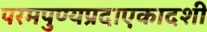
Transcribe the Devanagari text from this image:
परमपुण्यप्रदाएकादशी